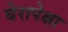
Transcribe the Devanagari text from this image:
घेरापेक्षा